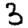
Digit: 3